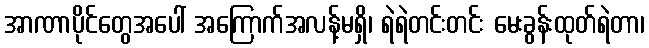
အာဏာပိုင်တွေအပေါ် အကြောက်အလန့်မရှိ၊ ရဲရဲတင်းတင်း မေးခွန်းထုတ်ရဲတာ၊